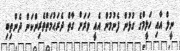
ނީލް އާއި ހަލީމްގެ ގުޅުން ފެނުމުން އެއީ ވަރަށް ގާތް ދެރަޙުމަތްތެރިންކަން ދެންތިބި